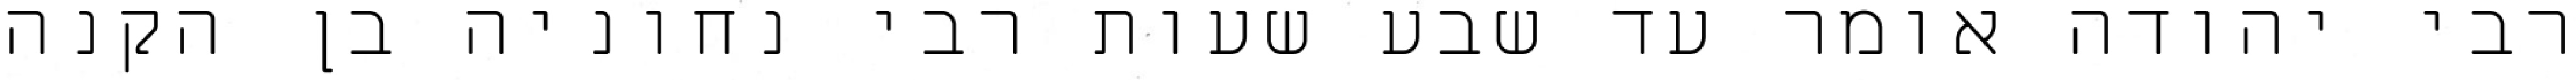
רבי יהודה אומר עד שבע שעות רבי נחוניה בן הקנה